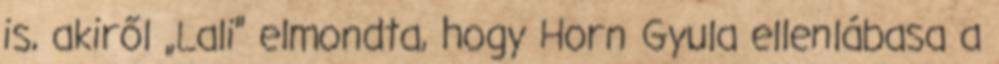
is, akiről „Lali” elmondta, hogy Horn Gyula ellenlá­basa a